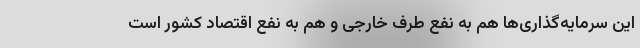
این سرمایه‌گذاری‌ها هم به نفع طرف خارجی‌ و هم به نفع اقتصاد کشور است